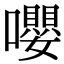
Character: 嚶